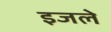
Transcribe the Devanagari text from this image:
इजले